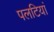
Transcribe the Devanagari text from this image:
पलटियां